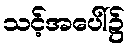
သင့်အပေါ်၌